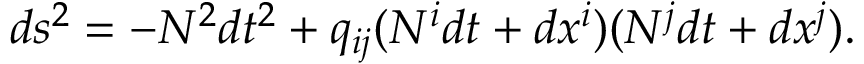
d s ^ { 2 } = - N ^ { 2 } d t ^ { 2 } + q _ { i j } ( N ^ { i } d t + d x ^ { i } ) ( N ^ { j } d t + d x ^ { j } ) .